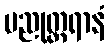
ပညုတ္တရာနံ